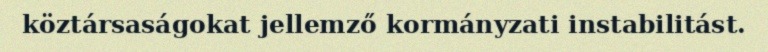
köztársaságokat jellemző kormányzati instabilitást.